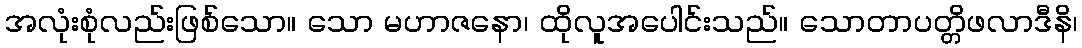
အလုံးစုံလည်းဖြစ်သော။ သော မဟာဇနော၊ ထိုလူအပေါင်းသည်။ သောတာပတ္တိဖလာဒီနိ၊